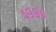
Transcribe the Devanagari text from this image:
४९८०